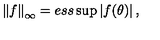
\left\| f \right\| _ { \infty } = e s s \sup \left| f ( \theta ) \right| ,